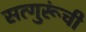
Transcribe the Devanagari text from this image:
सत्गुरूंची